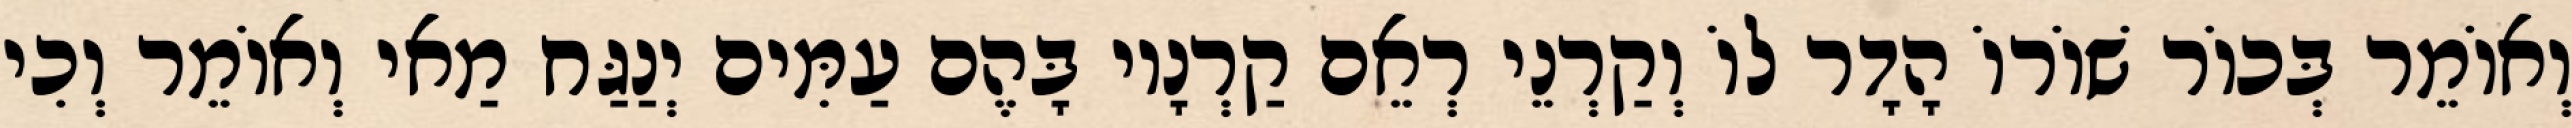
וְאוֹמֵר בְּכוֹר שׁוֹרוֹ הָדָר לוֹ וְקַרְנֵי רְאֵם קַרְנָיו בָּהֶם עַמִּים יְנַגַּח מַאי וְאוֹמֵר וְכִי